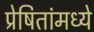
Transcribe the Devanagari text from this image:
प्रेषितांमध्ये